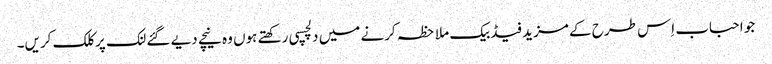
جو احباب اِس طرح کے مزید فیڈبیک ملاحظہ کرنے میں دلچسپی رکھتے ہوں وہ نیچے دیے گئے لنک پر کلک کریں۔